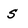
Character: s